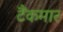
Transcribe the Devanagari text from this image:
टैंकमार